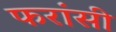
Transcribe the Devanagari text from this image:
फरांसी